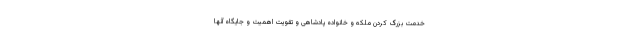
خدمت بزرگ کردن ملکه و خانواده پادشاهی و تقویت اهمیت و جایگاه آنها